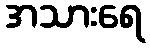
အသားရေ